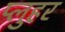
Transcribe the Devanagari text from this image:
प्लुहर